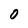
Character: O